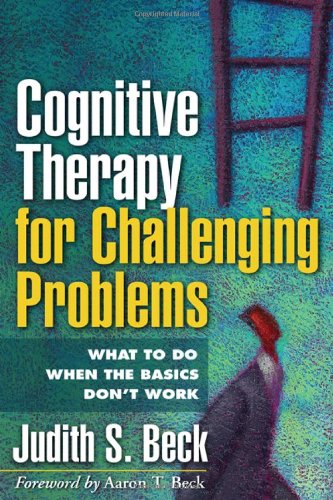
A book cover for Cognitive Therapy for Challenging Problems: What to Do When the Basics Don't Work; Judith S. Beck; Medical Books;